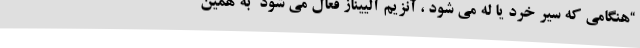
“هنگامی که سیر خرد یا له می شود ، آنزیم آلییناز فعال می شود” به همین